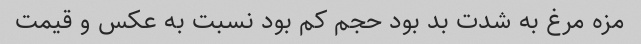
مزه مرغ به شدت بد بود حجم کم بود نسبت به عکس و قیمت